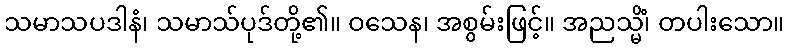
သမာသပဒါနံ၊ သမာသ်ပုဒ်တို့၏။ ဝသေန၊ အစွမ်းဖြင့်။ အညသ္မိံ၊ တပါးသော။